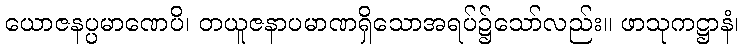
ယောဇနပ္ပမာဏေပိ၊ တယူဇနာပမာဏရှိသောအရပ်၌သော်လည်း။ ဖာသုကဋ္ဌာနံ၊